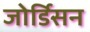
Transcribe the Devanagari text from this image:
जोर्डिसन